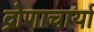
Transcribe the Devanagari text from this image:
द्रोणाचार्या